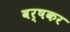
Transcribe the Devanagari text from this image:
वर्षकर